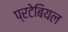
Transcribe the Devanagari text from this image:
प्रटेबियल